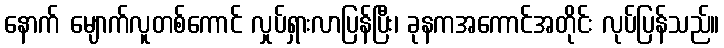
နောက် မျောက်လူတစ်ကောင် လှုပ်ရှားလာပြန်ပြီး၊ ခုနကအကောင်အတိုင်း လုပ်ပြန်သည်။